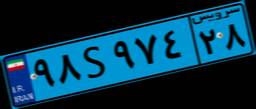
۹۸S۹۷۴۲۸